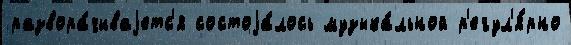
развора́чиваjетс'я состоjа́лось музыка́льной р'егул'я́рно